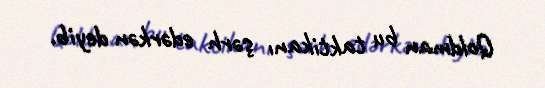
Qoldman bu taktikanı şərh edərkən deyib.